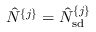
\hat { N } ^ { \{ j \} } = \hat { N } _ { \mathrm { s d } } ^ { \{ j \} }